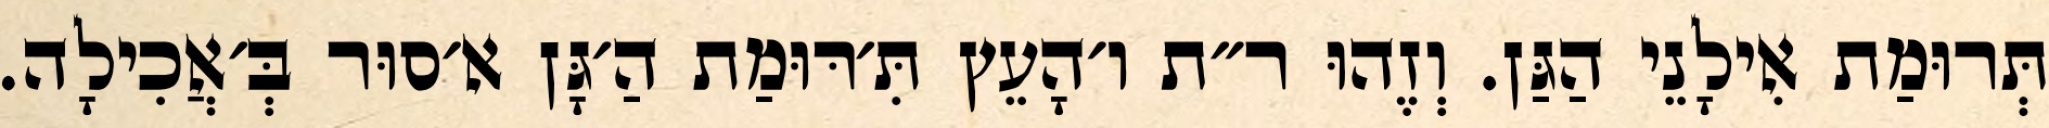
תְּרוּמַת אִילָנֵי הַגַּן. וְזֶהוּ ר״ת ו׳הָעֵץ תִּ׳רּוּמַת הַ׳גָּן א׳סוּר בְּ׳אֲכִילָה.